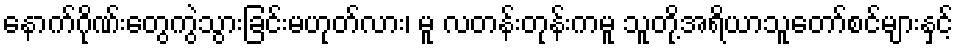
နောက်ဂိုဏ်းတွေကွဲသွားခြင်းမဟုတ်လား၊ မူ လတန်းတုန်းကမူ သူတို့အရိယာသူတော်စင်များနှင့်